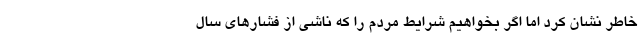
خاطر نشان کرد اما اگر بخواهیم شرایط مردم را که ناشی از فشارهای سال